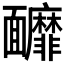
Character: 𩉚